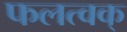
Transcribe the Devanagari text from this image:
फलत्वक्‌